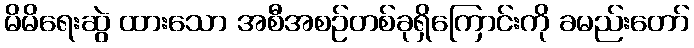
မိမိရေးဆွဲ ထားသော အစီအစဉ်တစ်ခုရှိကြောင်းကို ခမည်းတော်